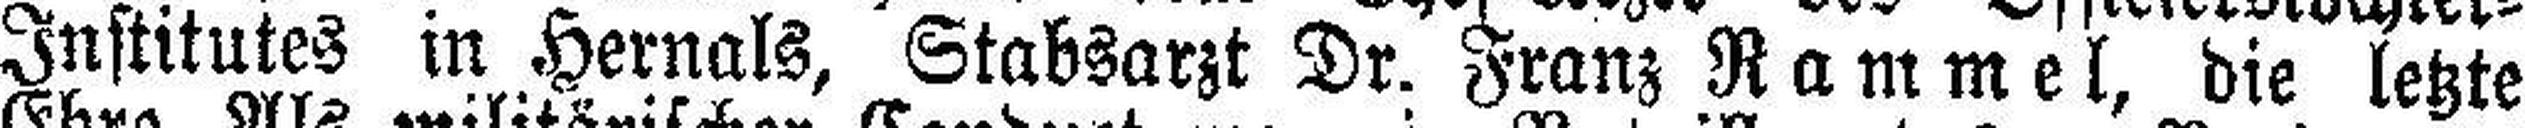
Institutes in Hernals, Stabsarzt Dr. Franz Rammel, die letzte